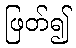
ဖြတ်၍